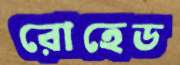
রোহেড